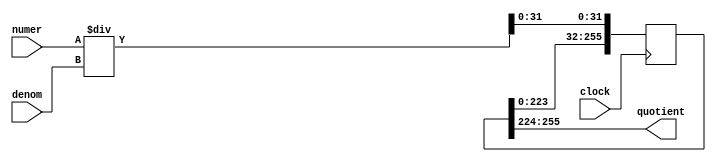
module lpm_divide_var (
        input clock,
        input   wire signed [63:0] numer,
        input   wire signed [32:0] denom,
        output  wire signed [31:0] quotient
    );

    reg [255:0] shiftreg;
    wire signed [31:0] quotient_temp = numer / denom;

    always @(posedge clock) begin
        shiftreg[255:224] <= shiftreg[223:192];
        shiftreg[223:192] <= shiftreg[191:160];
        shiftreg[191:160] <= shiftreg[159:128];
        shiftreg[159:128] <= shiftreg[127:96];
        shiftreg[127:96] <= shiftreg[95:64];
        shiftreg[95:64] <= shiftreg[63:32];
        shiftreg[63:32] <= shiftreg[31:0];
        shiftreg[31:0] <= quotient_temp;
    end

    assign quotient = shiftreg[255:224];

endmodule